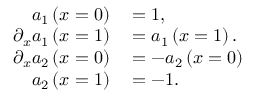
\begin{array} { r l } { a _ { 1 } \left( x = 0 \right) } & { { } = 1 , } \\ { \partial _ { x } a _ { 1 } \left( x = 1 \right) } & { { } = a _ { 1 } \left( x = 1 \right) . } \\ { \partial _ { x } a _ { 2 } \left( x = 0 \right) } & { { } = - a _ { 2 } \left( x = 0 \right) } \\ { a _ { 2 } \left( x = 1 \right) } & { { } = - 1 . } \end{array}